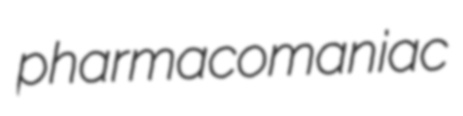
pharmacomaniac